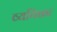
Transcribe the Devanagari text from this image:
व्ययिका